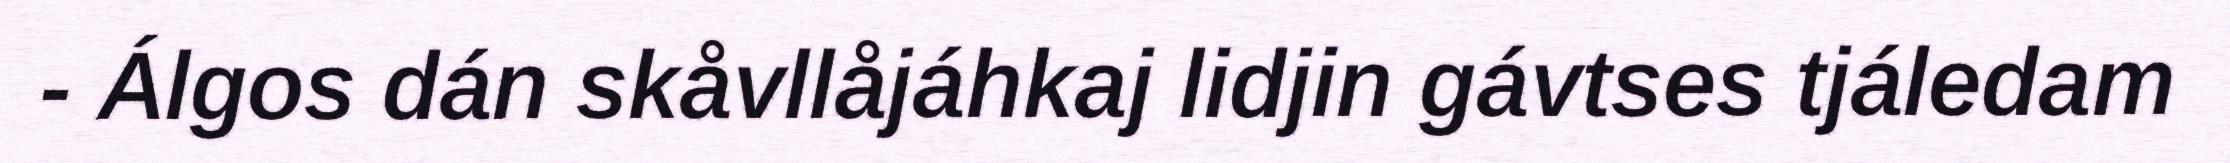
- Álgos dán skåvllåjáhkaj lidjin gávtses tjáledam